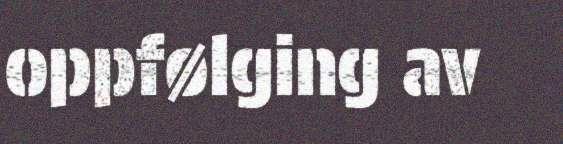
oppfølging av